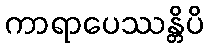
ကာရာပေဿန္တိပိ